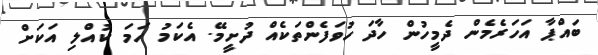
ބައްޕާ އަހަރެމެން ދެމީހުން ހާދަ ހުވަފެންތަކެއް ދުށީމޭ. އެކަމު ހަމަ ކުއްލި އަކަށް